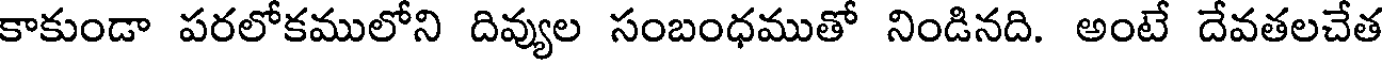
కాకుండా పరలోకములోని దివ్యుల సంబంధముతో నిండినది. అంటే దేవతలచేత